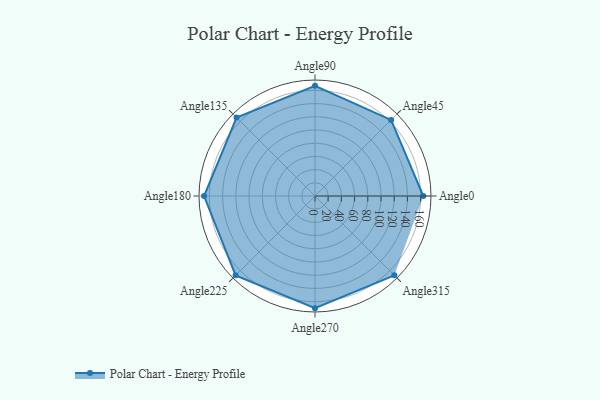
{"axis": {"x": "Angle", "y": "Radius"}, "legend": [""], "data": [{"x": "Angle0", "y": 164.0, "type": ""}, {"x": "Angle45", "y": 163.0, "type": ""}, {"x": "Angle90", "y": 167.0, "type": ""}, {"x": "Angle135", "y": 168.0, "type": ""}, {"x": "Angle180", "y": 168.0, "type": ""}, {"x": "Angle225", "y": 170, "type": ""}, {"x": "Angle270", "y": 170, "type": ""}, {"x": "Angle315", "y": 170, "type": ""}]}